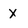
Character: x